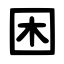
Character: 困